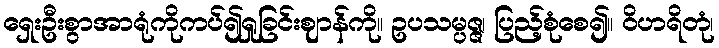
ရှေးဦးစွာအာရုံကိုကပ်၍ရှုခြင်းဈာန်ကို။ ဥပသမ္ပဇ္ဇ၊ ပြည့်စုံစေ၍။ ဝိဟရိတုံ၊